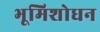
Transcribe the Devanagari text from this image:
भूमिशोधन